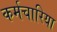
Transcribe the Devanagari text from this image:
कर्मचारिया